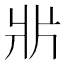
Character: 𤕰